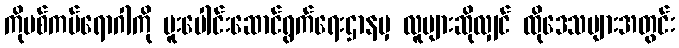
ကိုဗစ်ကပ်ရောဂါကို ပူးပေါင်းဆောင်ရွက်ရေးဌာနမှ လူများဆိုလျှင် ထိုဒေသများအတွင်း